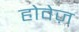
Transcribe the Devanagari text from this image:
होवेज़